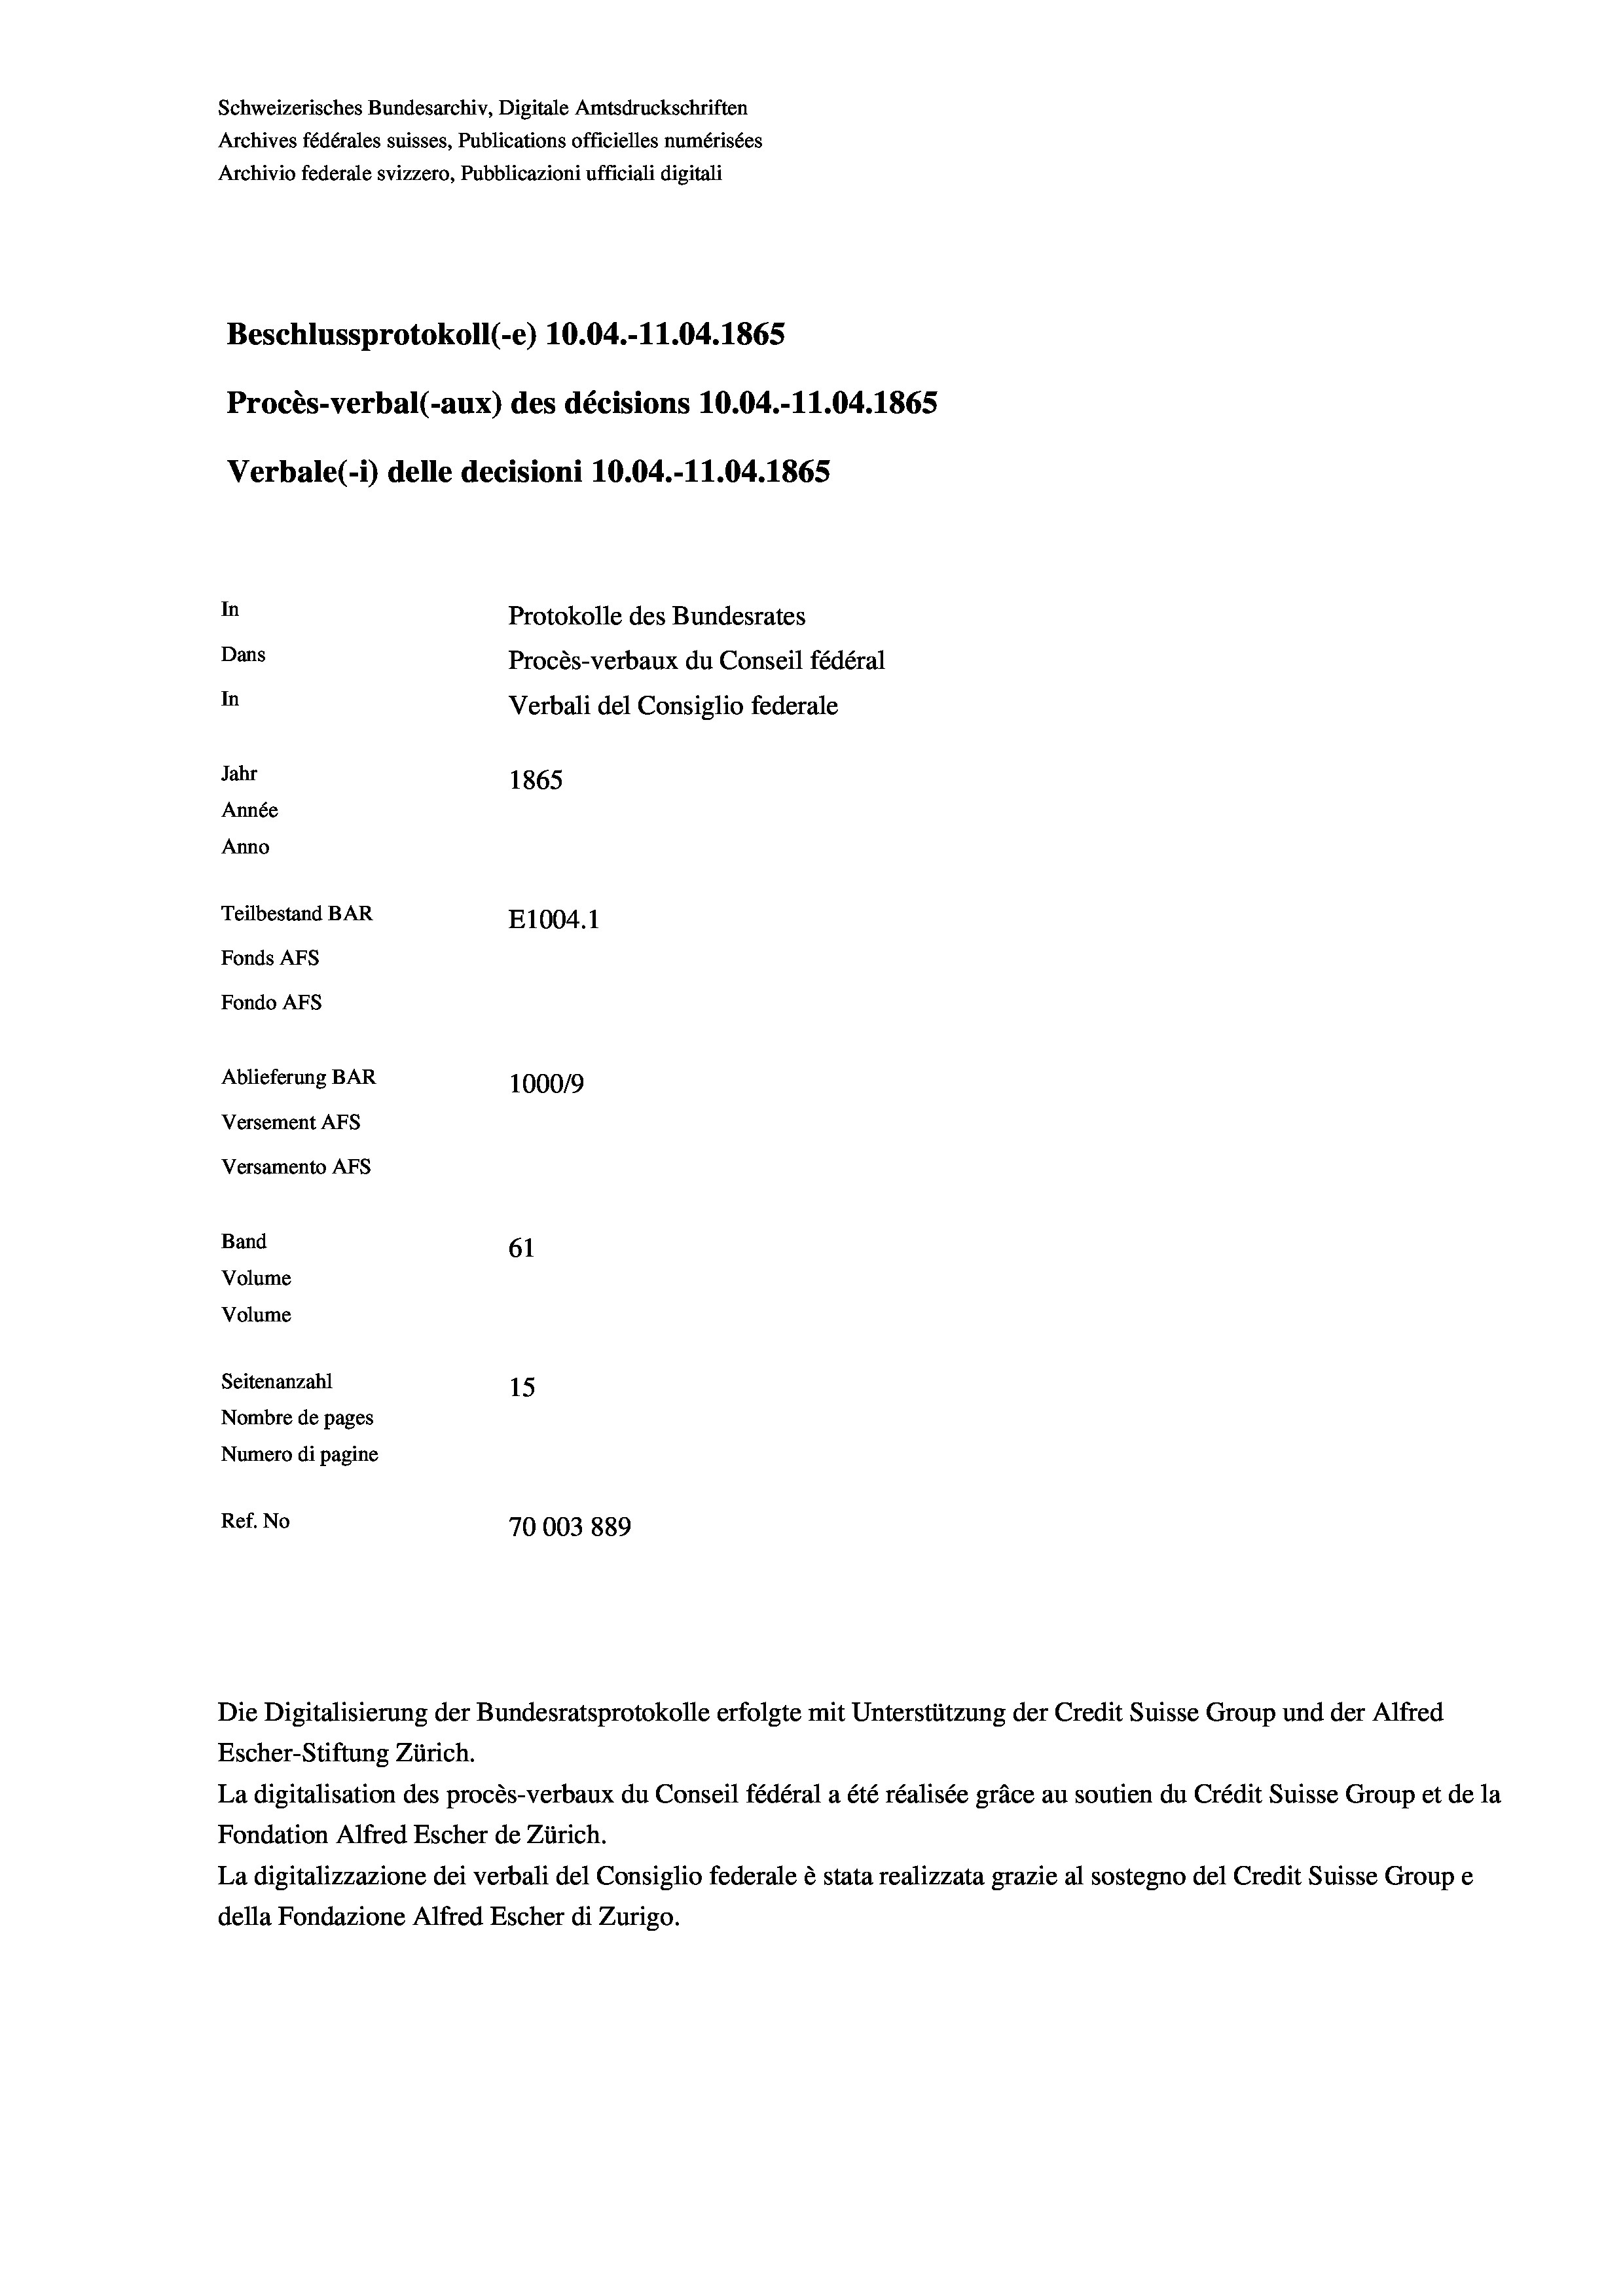
Schweizerisches Bundesarchiv, Digitale Amtsdruckschriften
Archives fédérales suisses, Publications officielles numérisées
Archivio federale svizzero, Pubblicazioni ufficiali digitali
Beschlussprotokoll (-e) 10.04.-11.04. 1865
Procès-verbal (-aux) des décisions 10.04.-11.04. 1865
Verbale (i) delle decisioni 10.04.-11.04. 1865
In
Protokolle des Bundesrates
Dans
Procès-verbaux du Conseil fédéral
In
Verbali del Consiglio federale
Jahr
1865
Année
Anno
Teilbestand BAR
E1004. 1
Fonds AFs
Fondo Afs
Ablieferung BAR
100019
Versement AFs
Versamento Afs
Band
61
Volume
Volume

Seitenanzahl
15
Nombre de pages
Numero di pagine
Ref. No
70003889

Die Digitalisierung der Bundesratsprotokolle erfolgte mit Unterstützung der Credit Suisse Group und der Alfred

Escher-Stiftung Zürich.
La digitalisation des procès-verbaux du Conseil fédéral a été réalisée gräce au soutien du Crédit Suisse Group et de la
Fondation Alfred Escher de Zürich.
La digitalizzazione dei verbali del Consiglio federale è stata realizzata grazie al sostegno del Credit Suisse Groupe
della Fondazione Alfred Escher di Zurigo.